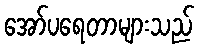
အော်ပရေတာများသည်